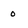
Character: 0